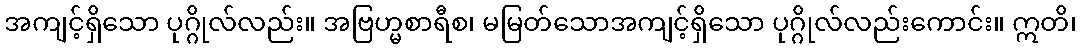
အကျင့်ရှိသော ပုဂ္ဂိုလ်လည်း။ အဗြဟ္မစာရီစ၊ မမြတ်သောအကျင့်ရှိသော ပုဂ္ဂိုလ်လည်းကောင်း။ ဣတိ၊